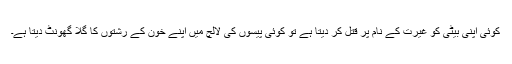
کوئی اپنی بیٹی کو غیرت کے نام پر قتل کر دیتا ہے تو کوئی پیسوں کی لالچ میں اپنے خون کے رشتوں کا گلا گھونٹ دیتا ہے۔